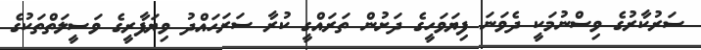
ސަރުކާރުގެ ވިސްނުމަކީ ދެވަނަ ފިޔަވަހީގެ ދަށުން ތަރައްގީ ކުރާ ސަރަހައްދު ވިޔަފާރީގެ ވަސީލަތްތަކުގެ